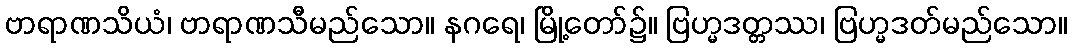
ဗာရာဏသိယံ၊ ဗာရာဏသီမည်သော။ နဂရေ၊ မြို့တော်၌။ ဗြဟ္မဒတ္တဿ၊ ဗြဟ္မဒတ်မည်သော။